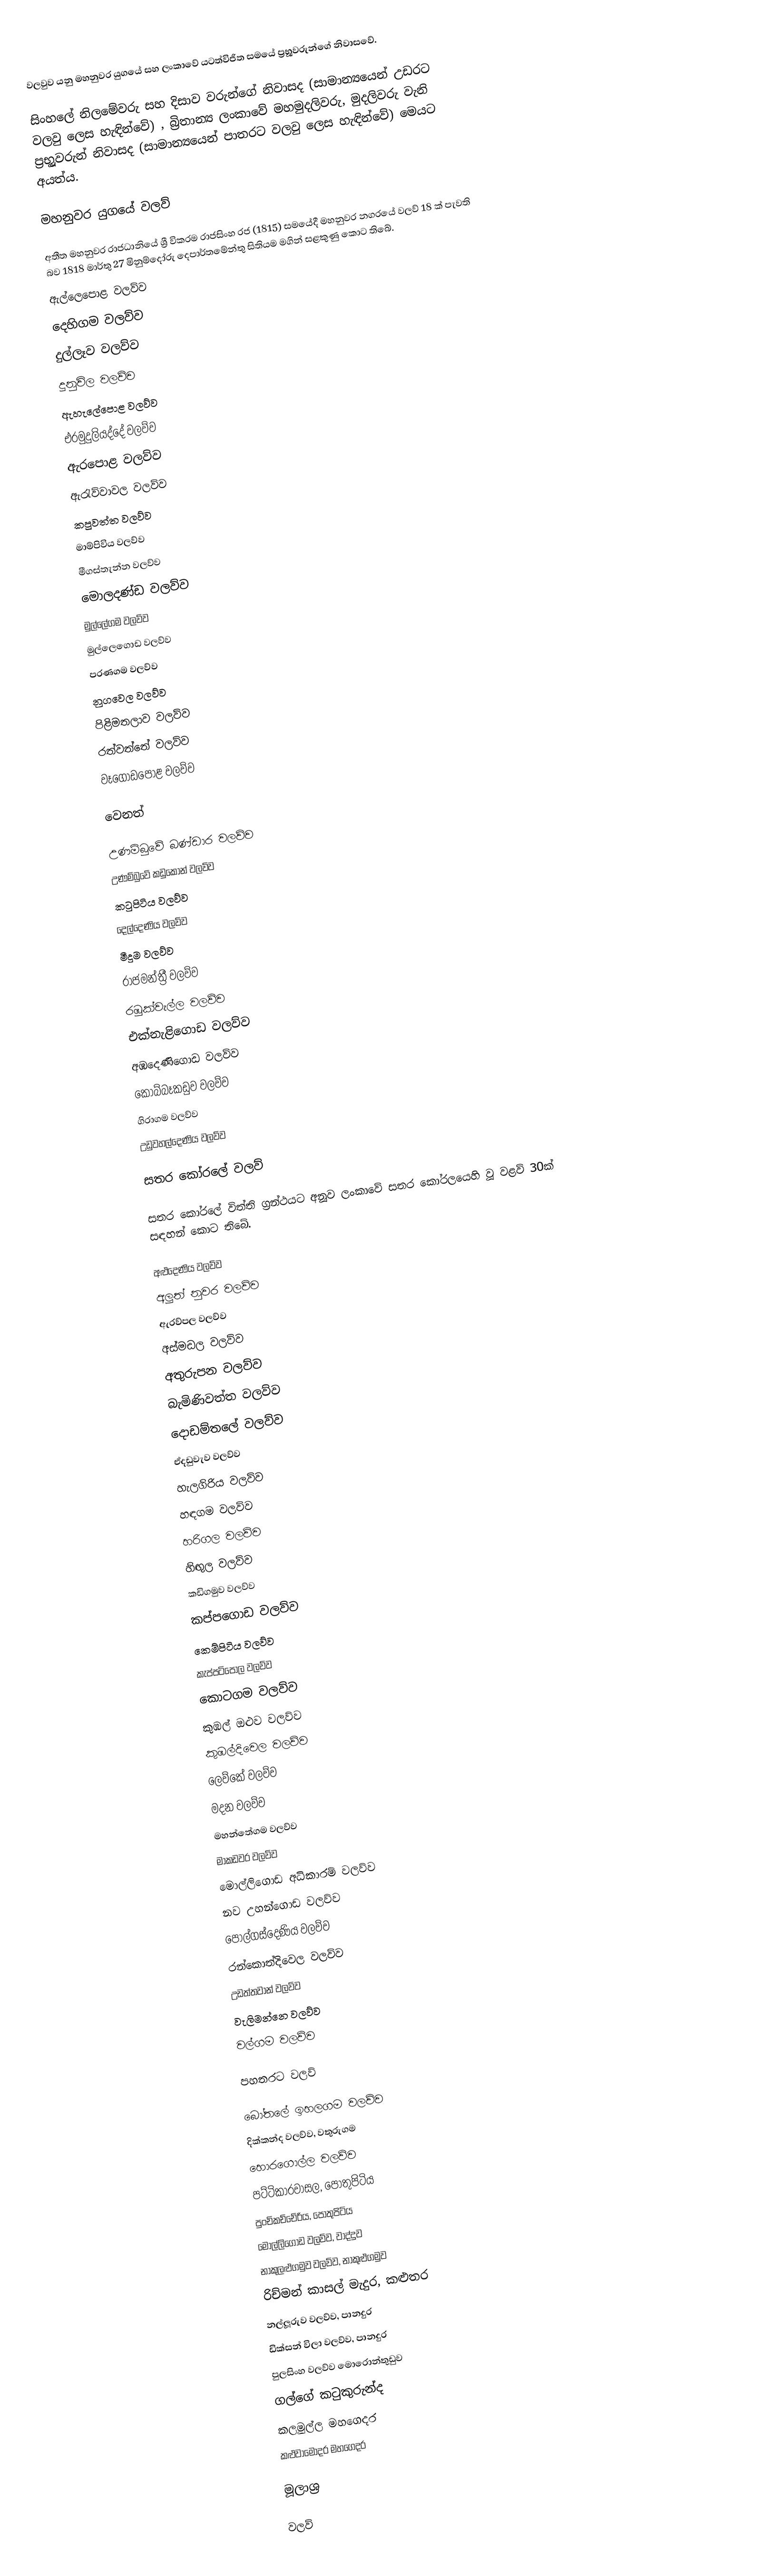
වලවුව යනු මහනුවර යුගයේ සහ  ලංකාවේ යටත්විජිත සමයේ ප්‍රභූූවරුන්ගේ නිවාසවේ.

සිංහලේ නිලමේවරු සහ දිසාව වරුන්ගේ නිවාසද (සාමාන්‍යයෙන් උඩරට වලවු ලෙස හැඳින්වේ) , බ්‍රිතාන්‍ය ලංකාවේ මහමුදලිවරු, මුදලිවරු වැනි ප්‍රභූූවරුන් නිවාසද (සාමාන්‍යයෙන් පාතරට වලවු ලෙස හැඳින්වේ) මෙයට අයත්ය.

මහනුවර යුගයේ වලව්

අතීත මහනුවර රාජධානියේ ශ්‍රී වික‍්‍රම රාජසිංහ රජ (1815) සමයේදී මහනුවර නගරයේ වලව් 18 ක් පැවති බව 1818 මාර්තු 27 මිනුම්දෝරු දෙපාර්තමේන්තු සිතියම මගින් සළකුණු කොට තිබේ.
 ඇල්ලෙපොළ වලව්ව
 දෙහිගම වලව්ව
 දුල්ලෑව වලව්ව
 දුනුවිල වලව්ව
 ඇහැලේපොළ වලව්ව
 එරමුදුලියද්දේ වලව්ව
 ඇරපොළ වලව්ව
 ඇරැව්වාවල වලව්ව
 කපුවත්ත වලව්ව
 මාම්පිවිය වලව්ව
 මීගස්තැන්න වලව්ව
 මොලදණ්ඩ වලව්ව
 මුල්ලේගම වලව්ව
 මුල්ලෙගොඩ වලව්ව
 පරණගම වලව්ව
 නුගවෙල වලව්ව
 පිළිමතලාව වලව්ව
 රත්වත්තේ වලව්ව
 වෑගොඩපොළ වලව්ව

වෙනත්

උණම්බුවේ බණ්ඩාර වලව්ව
උණම්බුවේ කඩුකෝන් වලව්ව
කටුපිටිය වලව්ව
දෙල්දෙණිය වලව්ව
මීදුම වලව්ව
රාජමන්ත්‍රී වලව්ව
රඹුක්වැල්ල වලව්ව
එක්නැළිගොඩ වලව්ව
අඹදෙණිගොඩ වලව්ව
කොබ්බෑකඩුව වලව්ව
ගිරාගම වලව්ව
උඩුවහල්දෙණිය වලව්ව

සතර කෝරලේ වලව්

සතර කෝරලේ විත්ති ග්‍රන්ථයට අනූව ලංකාවේ සතර කෝරලයෙහි වූ වළව් 30ක් සඳහන් කොට තිබේ.

 අළුදෙණිය වලව්ව
 අලුත් නුවර වලව්ව
 ඇරව්පල වලව්ව
 අස්මඩල වලව්ව
 අතුරුපන වලව්ව
 බැමිණිවත්ත වලව්ව
 දොඩම්තලේ වලව්ව
 ඒදඩුවැව වලව්ව
 හැලගිරිය වලව්ව
 හඳගම වලව්ව
 හරිගල වලව්ව
 හිඟුල වලව්ව
 කඩිගමුව වලව්ව
 කප්පගොඩ වලව්ව
 කෙම්පිටිය වලව්ව
 කැප්පටිපොල වලව්ව
 කොටගම වලව්ව
 කුඹල් ඔළුව වලව්ව
 කුඹල්දිවෙල වලව්ව
 ලෙව්කේ වලව්ව
 මදන වලව්ව
 මහන්තේගම වලව්ව
 මාකඩවර වලව්ව
 මොල්ලිගොඩ අධිකාරම් වලව්ව
 නව උහන්ගොඩ වලව්ව
 පොල්ගස්දෙණිය වලව්ව
 රන්කොත්දිවෙල වලව්ව
 උඩත්තවාන් වලව්ව
 වැලිමන්නෙ වලව්ව
 වල්ගම වලව්ව

පහතරට වලව්

බෝතලේ ඉහලගම වලව්ව
දික්කන්ද වලව්ව, වතුරුගම
හොරගොල්ල වලව්ව
පට්ටිකාරවාසල, පොතුපිටිය
පුංචිකච්චේරිය, පොතුපිටිය
මොල්ලිගොඩ වලව්ව, වාද්දුව
නාකුලළුගමුව වලව්ව, නාකුළුගමුව
රිච්මන් කාසල් මැදුර, කළුතර
නල්ලූරුව වලව්ව, පානදුර
ඩික්සන් විලා වලව්ව, පානදුර
පුලසිංහ වලව්ව මොරොන්තුඩුව
ගල්ගේ කටුකුරුන්ද
කලමුල්ල මහගෙදර
කළුවාමෝදර මහගෙදර

මූලාශ්‍ර

වලව්